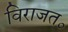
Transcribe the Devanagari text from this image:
विराजत॰